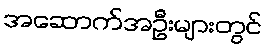
အဆောက်အဦးများတွင်